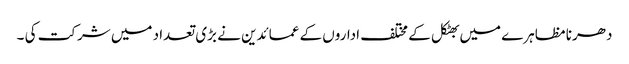
دھرنا مظاہرے میں بھٹکل کے مختلف اداروں کے عمائدین نے بڑی تعداد میں شرکت کی ۔